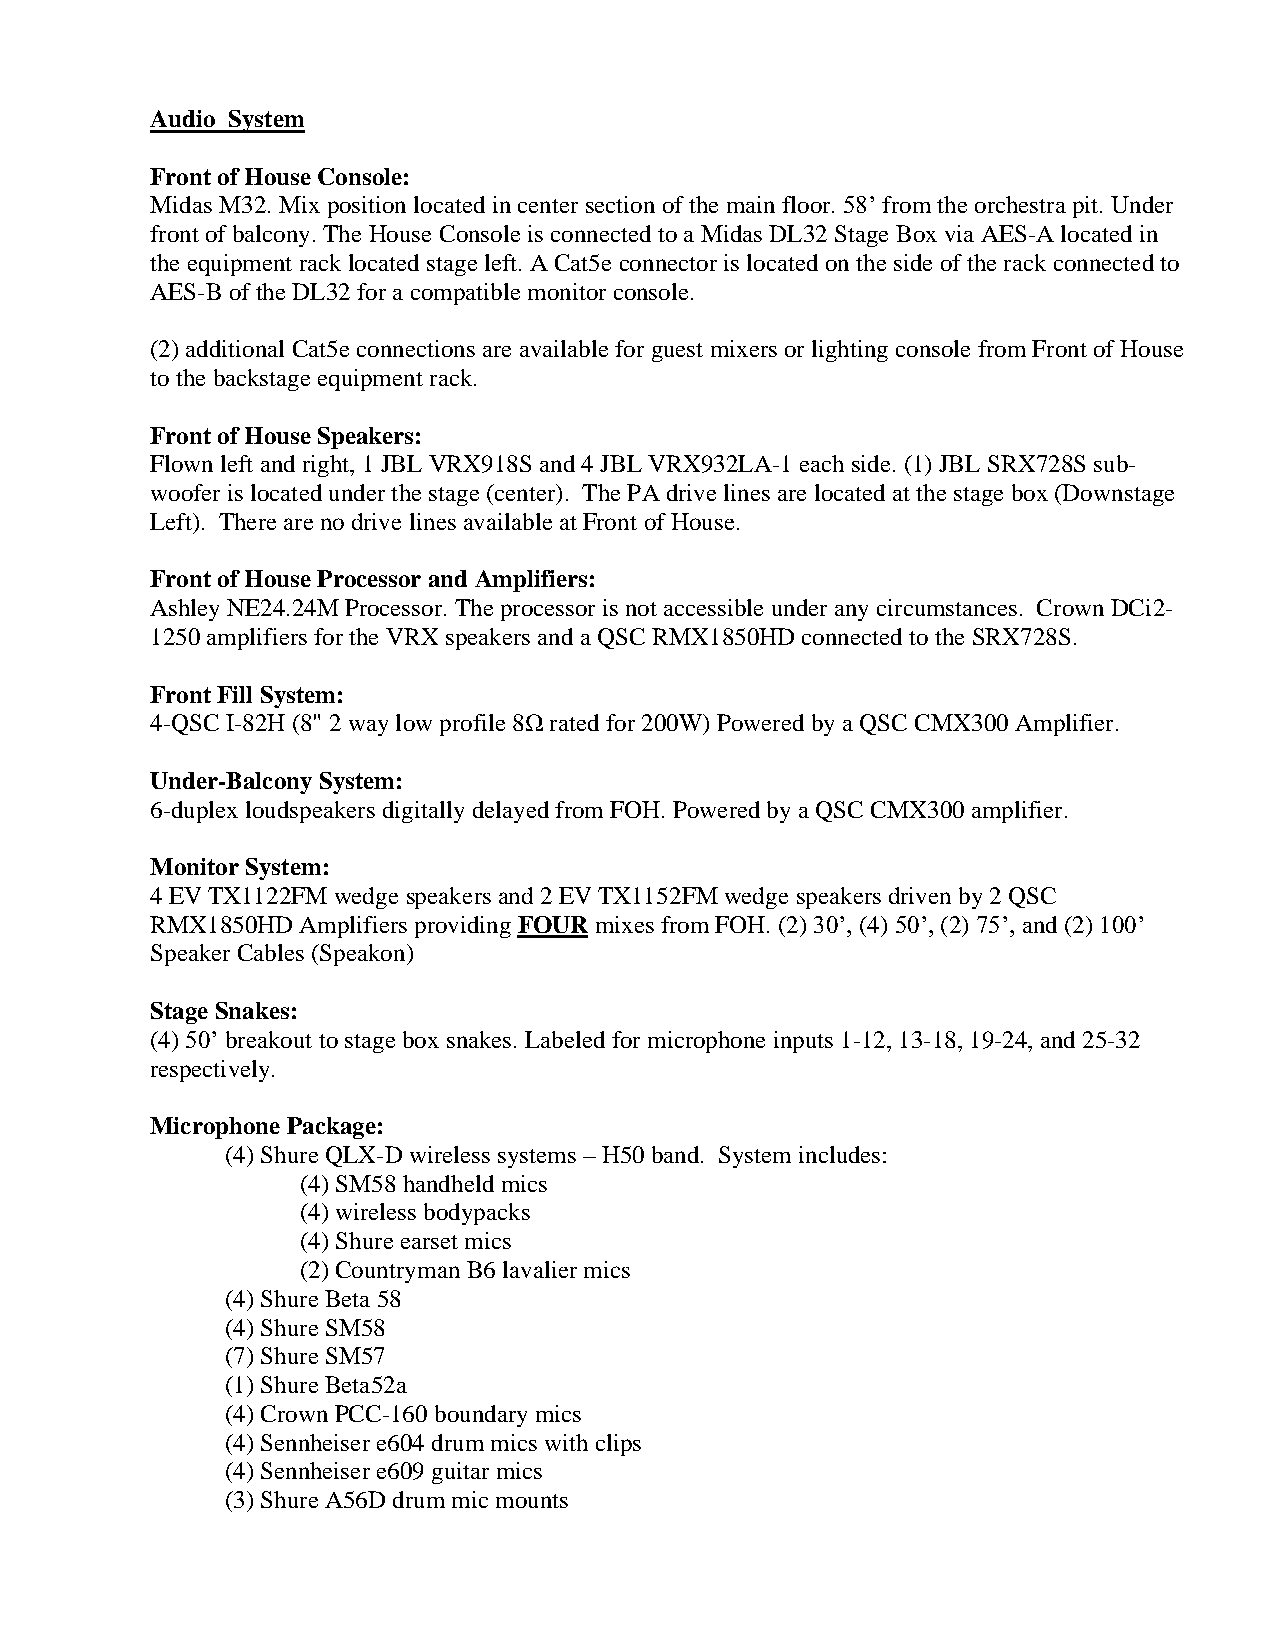
Audio System
 Front of House Console:
 Midas M32. Mix position located in center section of the main floor. 58’ from the orchestra pit. Under
 front of balcony. The House Console is connected to a Midas DL32 Stage Box via AES-A located in
 the equipment rack located stage left. A Cat5e connector is located on the side of the rack connected to
 AES-B of the DL32 for a compatible monitor console.
 (2) additional Cat5e connections are available for guest mixers or lighting console from Front of House
 to the backstage equipment rack.
 Front of House Speakers:
 Flown left and right, 1 JBL VRX918S and 4 JBL VRX932LA-1 each side. (1) JBL SRX728S sub-
 woofer is located under the stage (center). The PA drive lines are located at the stage box (Downstage
 Left). There are no drive lines available at Front of House.
 Front of House Processor and Amplifiers:
 Ashley NE24.24M Processor. The processor is not accessible under any circumstances. Crown DCi2-
 1250 amplifiers for the VRX speakers and a QSC RMX1850HD connected to the SRX728S.
 Front Fill System:
 4-QSC I-82H (8" 2 way low profile 8Ω rated for 200W) Powered by a QSC CMX300 Amplifier.
 Under-Balcony System:
 6-duplex loudspeakers digitally delayed from FOH. Powered by a QSC CMX300 amplifier.
 Monitor System:
 4 EV TX1122FM wedge speakers and 2 EV TX1152FM wedge speakers driven by 2 QSC
 RMX1850HD Amplifiers providing FOUR mixes from FOH. (2) 30’, (4) 50’, (2) 75’, and (2) 100’
 Speaker Cables (Speakon)
 Stage Snakes:
 (4) 50’ breakout to stage box snakes. Labeled for microphone inputs 1-12, 13-18, 19-24, and 25-32
 respectively.
 Microphone Package:
 (4) Shure QLX-D wireless systems – H50 band. System includes:
 (4) SM58 handheld mics
 (4) wireless bodypacks
 (4) Shure earset mics
 (2) Countryman B6 lavalier mics
 (4) Shure Beta 58
 (4) Shure SM58
 (7) Shure SM57
 (1) Shure Beta52a
 (4) Crown PCC-160 boundary mics
 (4) Sennheiser e604 drum mics with clips
 (4) Sennheiser e609 guitar mics
 (3) Shure A56D drum mic mounts